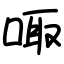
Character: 㖩